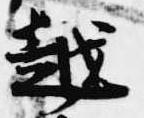
越